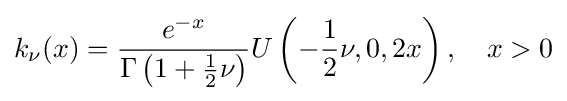
k_{\nu }(x)={\frac {e^{-x}}{\Gamma \left(1+{\frac {1}{2}}\nu \right)}}U\left(-{\frac {1}{2}}\nu ,0,2x\right),\quad x>0